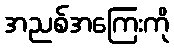
အညစ်အကြေးကို